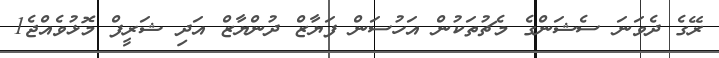
ރޭގެ ދެވަނަ ސެޝަންގެ މެޗުތަކުން އަހުސަން ފަޔާޒް ދުންޔާޒް އަދި ޝަރީފް މޮޅުވެއްޖެ1